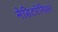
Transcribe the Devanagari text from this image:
मेडिटरॅनियन